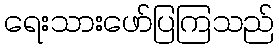
ရေးသားဖော်ပြကြသည်